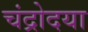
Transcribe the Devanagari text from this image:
चंद्रोदया